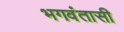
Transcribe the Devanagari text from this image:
भगवंतासी